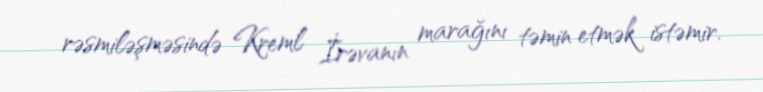
rəsmiləşməsində Kreml İrəvanın marağını təmin etmək istəmir.